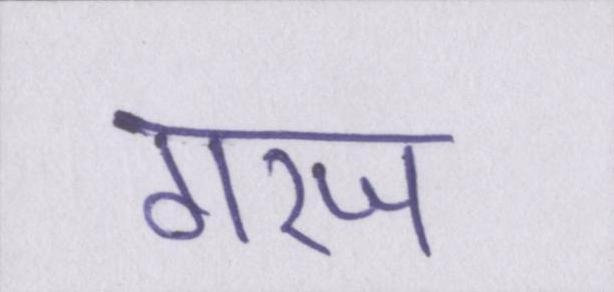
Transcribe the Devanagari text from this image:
गरज